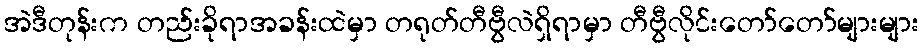
အဲဒီတုန်းက တည်းခိုရာအခန်းထဲမှာ တရုတ်တီဗွီလဲရှိရာမှာ တီဗွီလိုင်းတော်တော်များများ